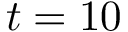
t = 1 0